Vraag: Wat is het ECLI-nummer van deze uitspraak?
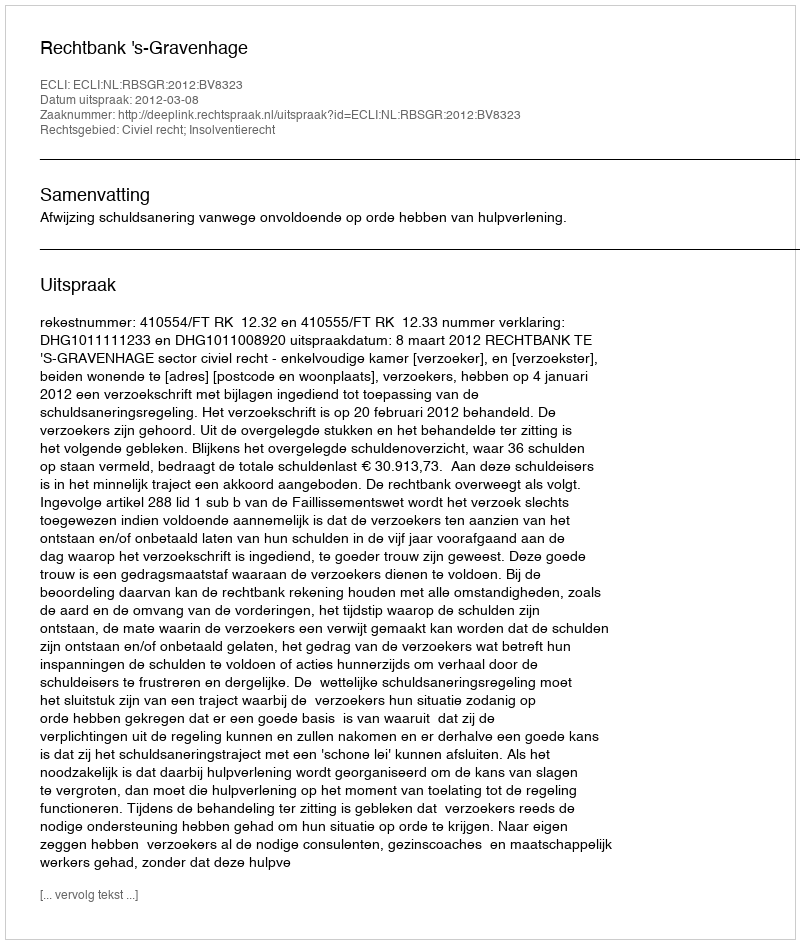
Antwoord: ECLI:NL:RBSGR:2012:BV8323